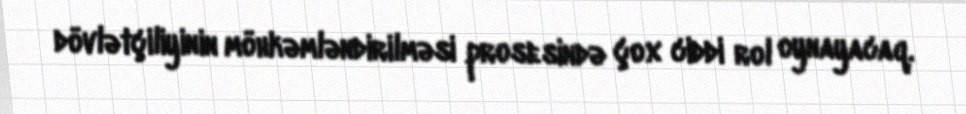
dövlətçiliyinin möhkəmləndirilməsi prosesində çox ciddi rol oynayacaq.